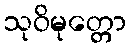
သုဝိမုတ္တော